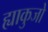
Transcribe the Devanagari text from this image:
ह्याकुजो